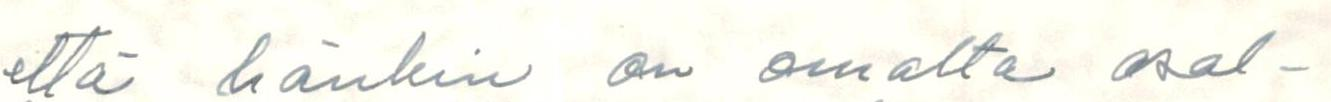
että hänkin on omalta osal-